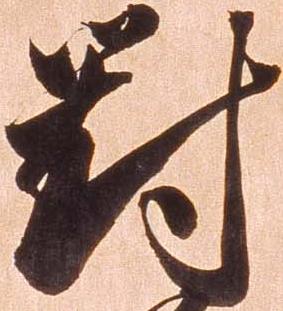
対